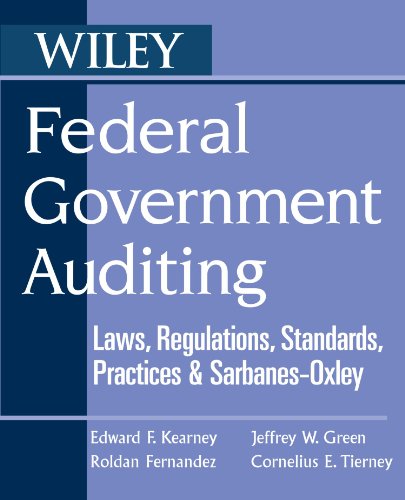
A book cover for Federal Government Auditing: Laws, Regulations, Standards, Practices, & Sarbanes-Oxley; Cornelius E. Tierney; Business & Money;